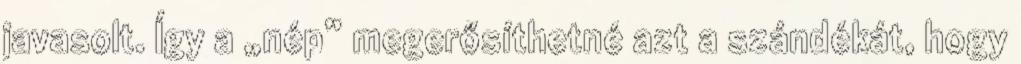
javasolt. Így a „nép” megerősíthetné azt a szándékát, hogy